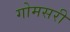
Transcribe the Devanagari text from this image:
गोमसरी